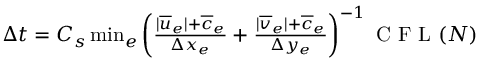
\begin{array} { r } { \Delta t = C _ { s } \operatorname* { m i n } _ { e } \left( { \frac { | \overline { { u } } _ { e } | + \overline { { c } } _ { e } } { \Delta x _ { e } } + \frac { | \overline { { v } } _ { e } | + \overline { { c } } _ { e } } { \Delta y _ { e } } } \right) ^ { - 1 } \mathrm { ~ C ~ F ~ L ~ } ( N ) } \end{array}